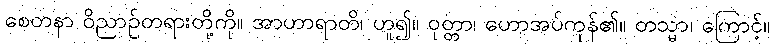
စေတနာ ဝိညာဉ်တရားတို့ကို။ အာဟာရာတိ၊ ဟူ၍။ ဝုတ္တာ၊ ဟောအပ်ကုန်၏။ တသ္မာ၊ ကြောင့်။